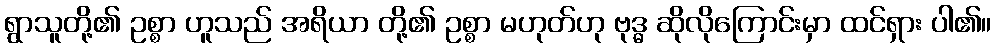
ရွာသူတို့၏ ဥစ္စာ ဟူသည် အရိယာ တို့၏ ဥစ္စာ မဟုတ်ဟု ဗုဒ္ဓ ဆိုလိုကြောင်းမှာ ထင်ရှား ပါ၏။